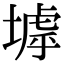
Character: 㙤